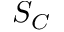
S _ { C }